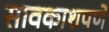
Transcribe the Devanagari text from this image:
सावकाशपणे